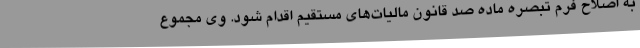
به اصلاح فرم تبصره ماده صد قانون مالیات‌های مستقیم اقدام شود. وی مجموع